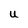
Character: U